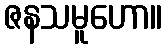
ဇနသမူဟော။